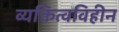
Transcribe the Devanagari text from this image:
व्यक्तित्वविहीन